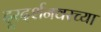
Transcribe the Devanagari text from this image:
दूरदर्शनवरच्या